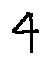
4